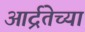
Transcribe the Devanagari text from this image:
आर्द्रतेच्या